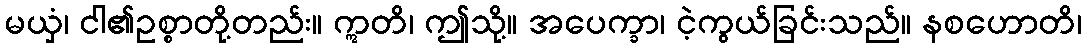
မယှံ၊ ငါ၏ဥစ္စာတို့တည်း။ ဣတိ၊ ဤသို့။ အပေက္ခာ၊ ငဲ့ကွယ်ခြင်းသည်။ နစဟောတိ၊